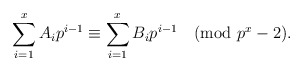
\begin{align*}\sum_{i=1}^x A_i p^{i-1} \equiv \sum_{i=1}^x B_i p^{i-1} \pmod{p^x-2}.\end{align*}